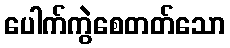
ပေါက်ကွဲစေတတ်သော